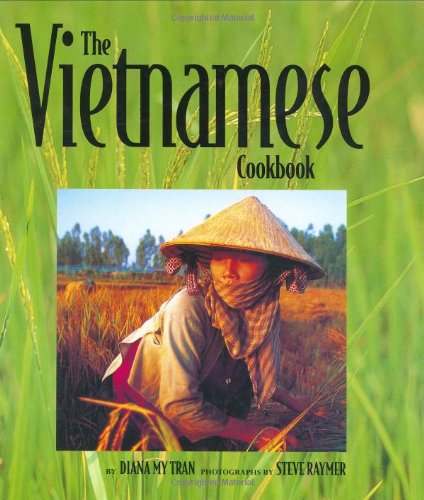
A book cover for The Vietnamese Cookbook (Capital Lifestyles); Diana My Tran; Cookbooks, Food & Wine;